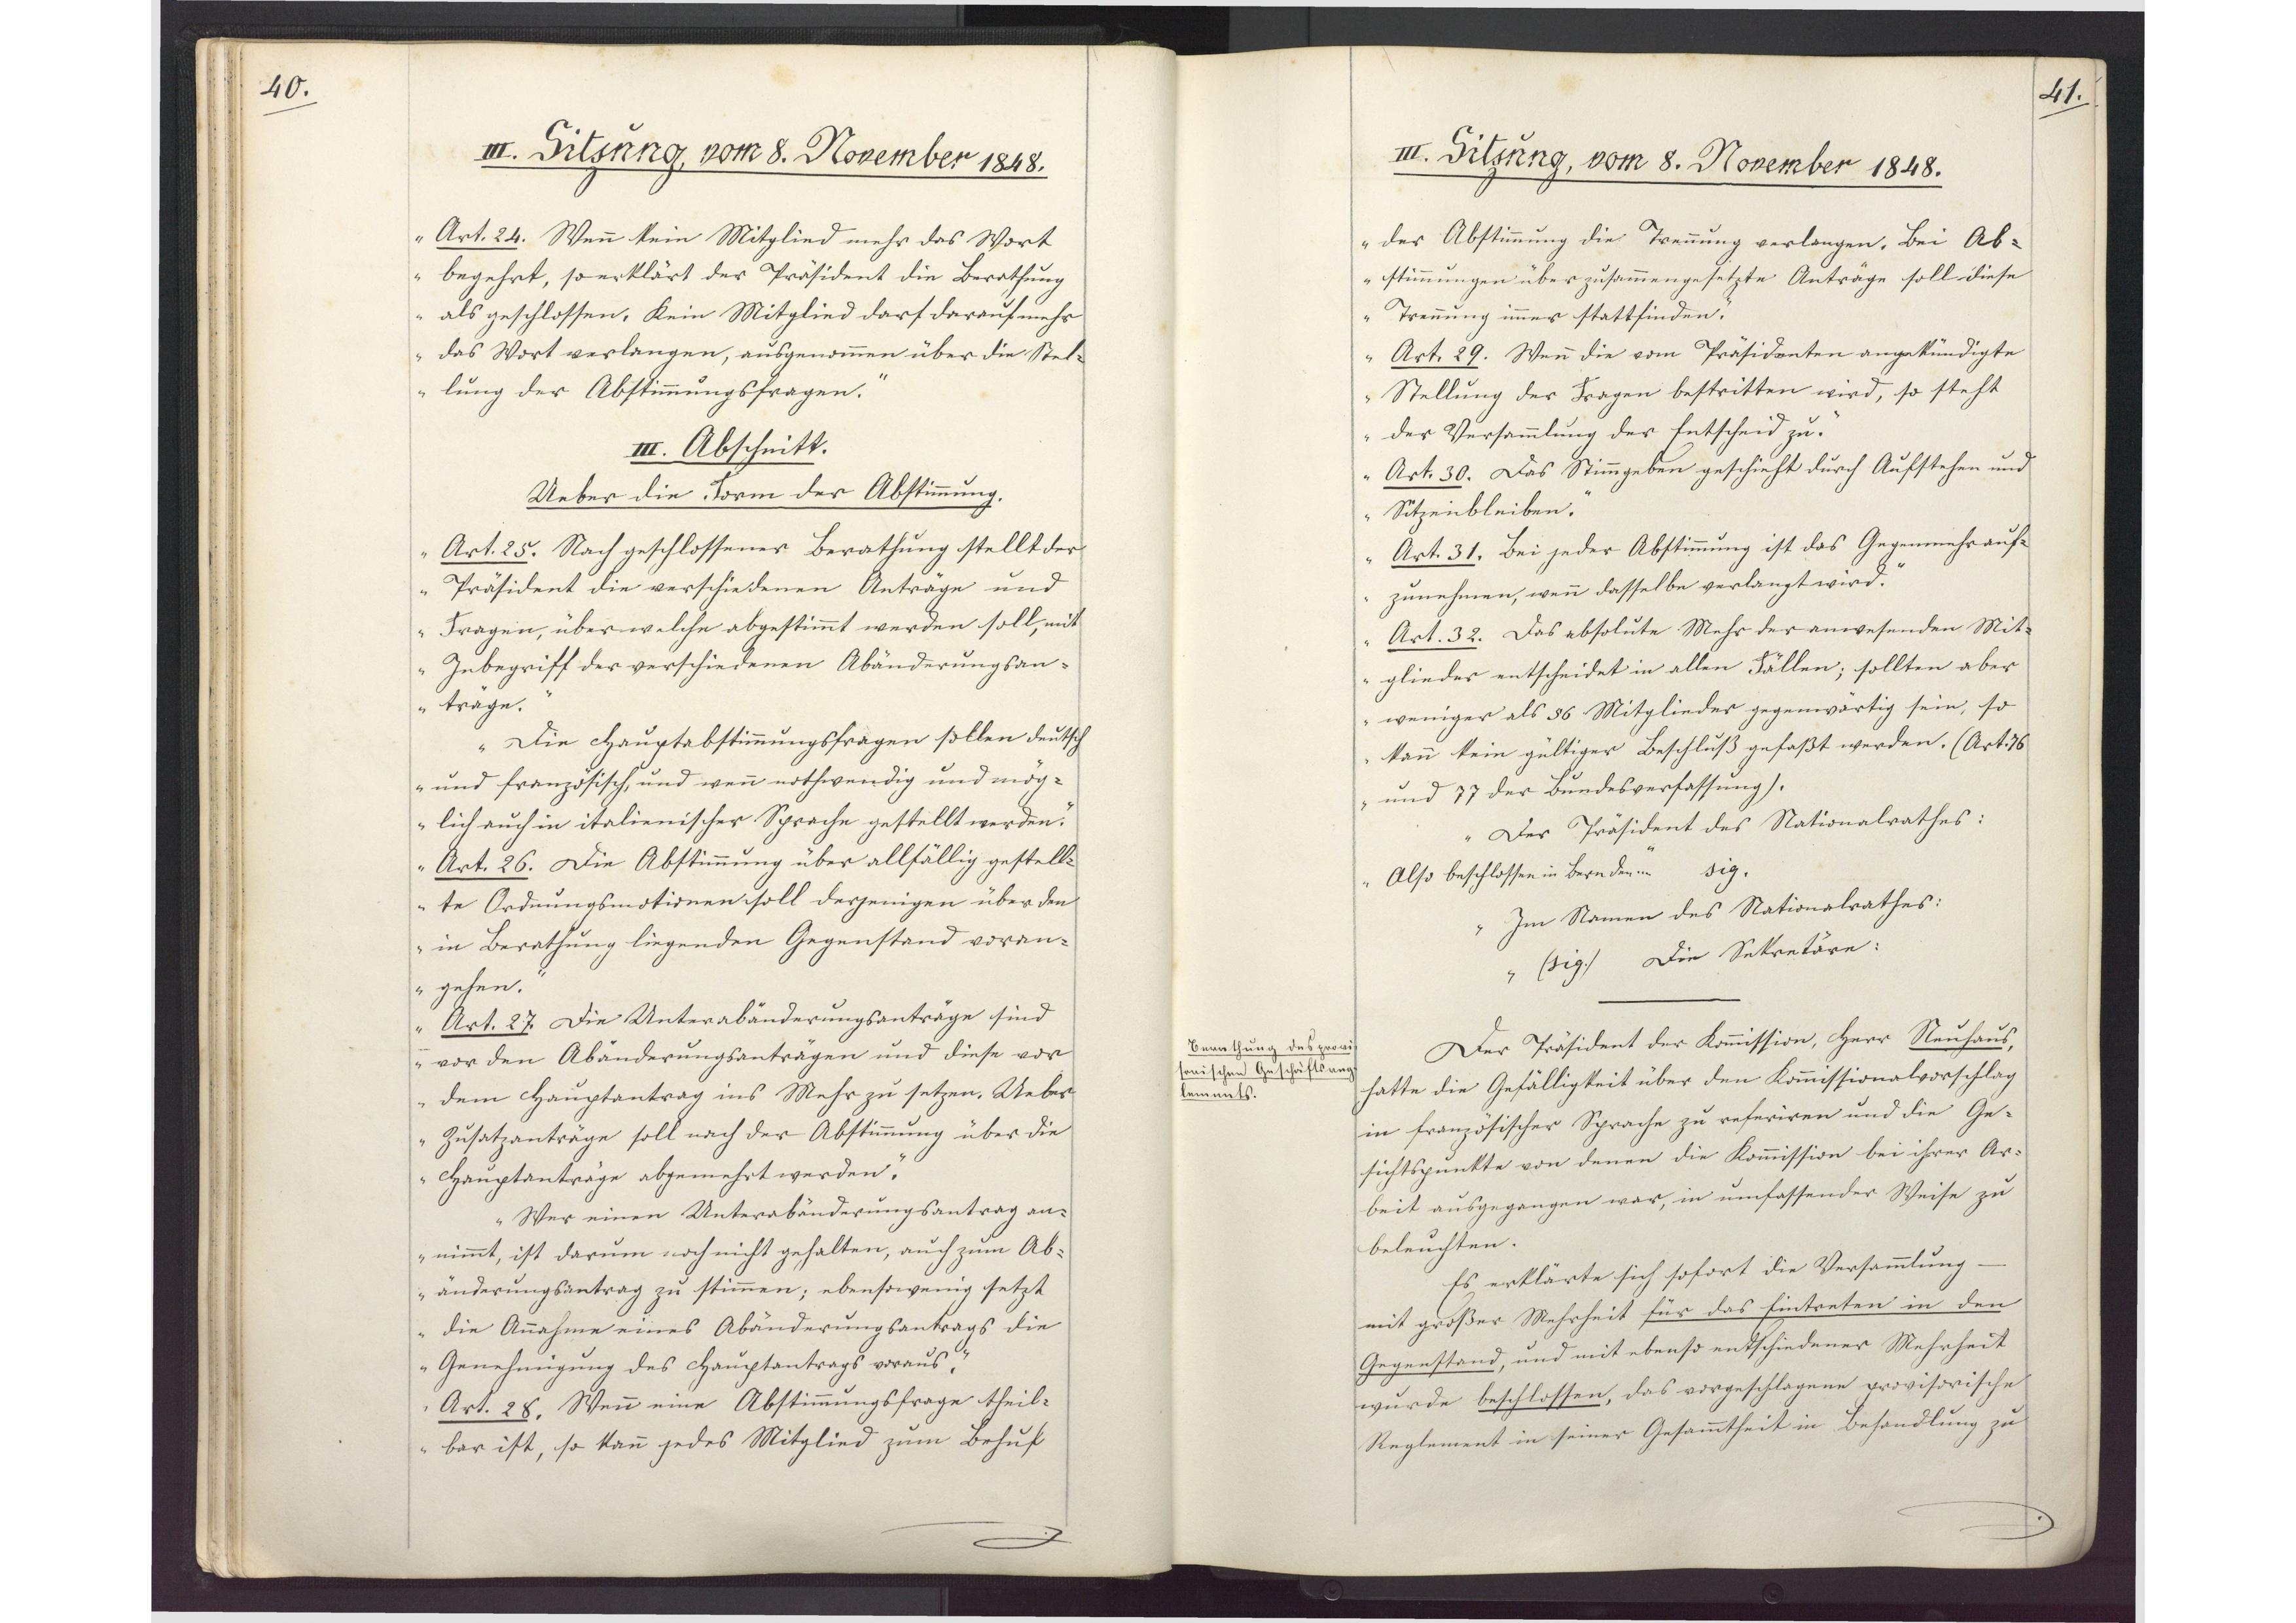
40.

III. Sitzung, vom 8. November 1848.

Art. 24. Wenn kein Mitglied mehr das Wort
begehrt, so erklärt der Präsident die Berathung
als geschlossen. Kein Mitglied darf darauf mehr
das Wort verlangen, ausgenommen über die Stel¬
lung der Abstimmungsfragen.
III. Abschnitt.
Ueber die Form der Abstimmung.
Art. 25. Nach geschlossener Berathung stellt der
Präsident die verschiedenen Anträge und
Fragen, über welche abgestimmt werden soll, mit
Inbegriff der verschiedenen Abänderungsan¬
träge.
Die Hauptabstimmungsfragen sollen deutsch
und französisch, und wenn nothwendig und mög¬
lich auch in italienischer Sprache gestellt werden.
Art. 26. Die Abstimmung über allfällig gestell¬
te Ordnungsmotionen soll derjenigen über den
in Berathung liegenden Gegenstand voran¬
gehen.
Art. 27. Die Unterabänderungsanträge sind
vor den Abänderungsanträgen und diese vor
dem Hauptantrag ins Mehr zu setzen. Ueber
Zusatzanträge soll nach der Abstimmung über die
Hauptanträge abgemehrt werden.
Wer einen Unterabänderungsantrag an¬
nimmt, ist darum noch nicht gehalten, auch zum Ab¬
änderungsantrag zu stimmen; ebensowenig setzt
die Annahme eines Abänderungsantrags die
Genehmigung des Hauptantrags voraus.
Art. 28. Wenn eine Abstimmungsfrage theil¬
bar ist, so kann jedes Mitglied zum Behuf

41.

III. Sitzung, vom 8. November 1848.
der Abstimmung die Trennung verlangen. Bei Ab¬

stimmungen über zusammengesetzte Anträge soll diese
Trennung immer stattfinden.
Art. 29. Wenn die vom Präsidenten angekündigte
Stellung der Fragen bestritten wird, so steht
der Versammlung der Entscheid zu.
Art. 30. Das Stimmgeben geschieht durch Aufstehen und
Sitzenbleiben.
Art. 31. Bei jeder Abstimmung ist das Gegenmehr auf¬
zunehmen, wenn dasselbe verlangt wird.
Art. 32. Das absolute Mehr der anwesenden Mit¬
glieder entscheidet in allen Fällen; sollten aber
weniger als 86 Mitglieder gegenwärtig sein, so
kann kein gültiger Beschluß gefaßt werden. (Art. 76
und 77 der Bundesverfassung).
Der Präsident des Nationalrathes:
Also beschlossen in Bern den sig.
Im Namen des Nationalrathes:
(sig.) Die Sekretäre:
Der Präsident der Kommission, Herr Neuhaus,
hatte die Gefälligkeit über den Kommissionalvorschlag
in französischer Sprache zu referiren und die Ge¬
sichtspunkte von denen die Kommission bei ihrer Ar¬
beit ausgegangen war, in umfassender Weise zu
beleuchten.
Es erklärte sich sofort die Versammlung
mit großer Mehrheit für das Eintreten in den
Gegenstand, und mit ebenso entschiedener Mehrheit
wurde beschlossen, das vorgeschlagene provisorische
Reglement in seiner Gesammtheit in Behandlung zu

Berathung des provi¬
sorischen Geschäftsreg¬
lements.